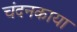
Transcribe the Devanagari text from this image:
चंदनकाया